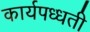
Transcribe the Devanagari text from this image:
कार्यपध्धती